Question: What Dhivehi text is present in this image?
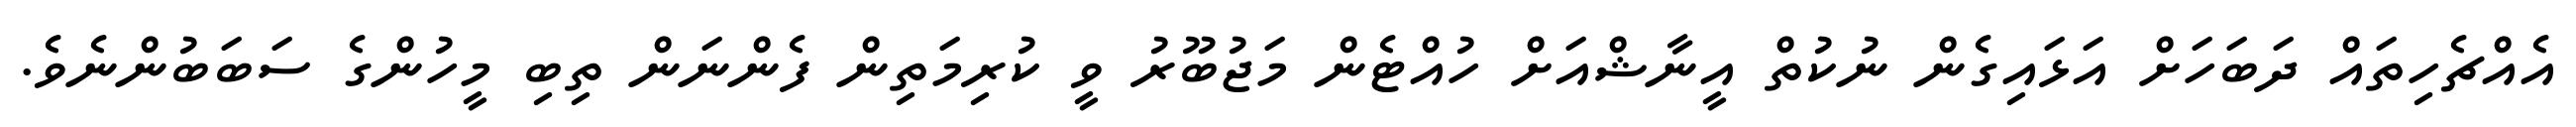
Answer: އެއްޗެހިތައް ދަބަހަށް އަޅައިގެން ނުކުތް އީނާޝްއަށް ހުއްޓެން މަޖުބޫރު ވީ ކުރިމަތިން ފެންނަން ތިބި މީހުންގެ ސަބަބުންނެވެ.